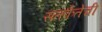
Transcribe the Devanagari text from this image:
सतर्कतेची